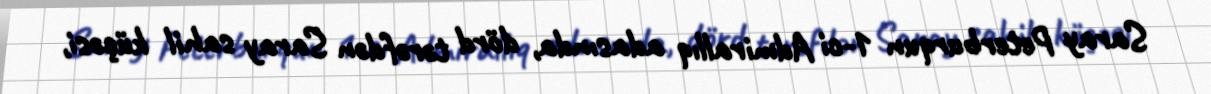
Saray Peterburqun 1-ci Admirallıq adasında, dörd tərəfdən Saray sahil küçəsi,